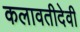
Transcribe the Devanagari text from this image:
कलावतीदेवी